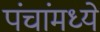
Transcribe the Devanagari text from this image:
पंचांमध्ये